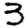
Digit: 3